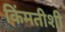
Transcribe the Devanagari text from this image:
किंमतीशी